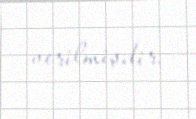
verilmişdir.